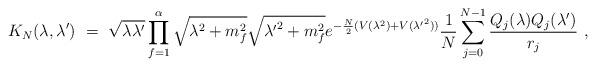
LaTeX: \begin{align*}K_N(\lambda,\lambda')~=~ \sqrt{\lambda \lambda'} \prod_{f=1}^{\alpha} \sqrt{\lambda^2+m_f^2}\sqrt{{\lambda'}^2+m_f^2} e^{-\frac{N}{2} (V(\lambda^2)+V({\lambda'}^2))} \frac{1}{N} \sum_{j=0}^{N-1} \frac{Q_j(\lambda) Q_j(\lambda')}{r_j} ~,\end{align*}